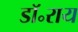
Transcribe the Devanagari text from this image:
डॉ॰राय